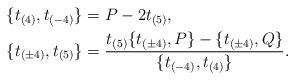
LaTeX: \begin{align*}\{t_{(4)},t_{(-4)}\}&=P-2t_{(5)},\\\{t_{(\pm 4)},t_{(5)}\}&=\frac{t_{(5)}\{t_{(\pm 4)},P\}-\{t_{(\pm 4)},Q\}}{\{t_{(-4)},t_{(4)}\}}.\end{align*}